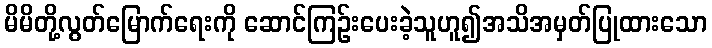
မိမိတို့လွတ်မြောက်ရေးကို ဆောင်ကြဉ်းပေးခဲ့သူဟူ၍အသိအမှတ်ပြုထားသော